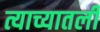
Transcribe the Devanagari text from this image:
त्याच्यातली